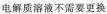
电解质溶液不需要更换